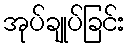
အုပ်ချုပ်ခြင်း